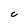
Character: C